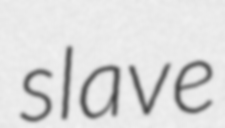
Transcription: slave